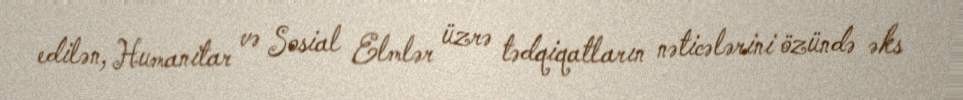
edilən, Humanitar və Sosial Elmlər üzrə tədqiqatların nəticələrini özündə əks